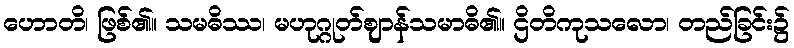
ဟောတိ၊ ဖြစ်၏။ သမဓိဿ၊ မဟုဂ္ဂုတ်ဈာန်သမာဓိ၏။ ဌိတိကုသလော၊ တည်ခြင်း၌